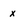
Character: x